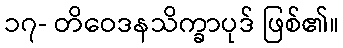
၁၇- တိဝေဒနသိက္ခာပုဒ် ဖြစ်၏။